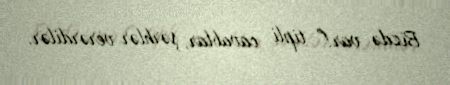
Bizdə var!” tipli cavablar, şərhlər verərdilər.